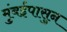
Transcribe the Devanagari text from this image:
मुंबईपासुन